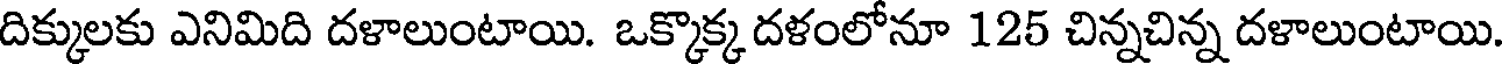
దిక్కులకు ఎనిమిది దళాలుంటాయి. ఒక్కొక్క దళంలోనూ 125 చిన్నచిన్న దళాలుంటాయి.